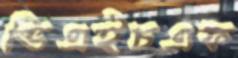
ভিএইচএফ